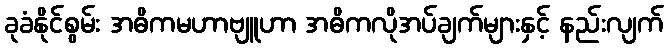
ခုခံနိုင်စွမ်း အဓိကမဟာဗျူဟာ အဓိကလိုအပ်ချက်များနှင့် နည်းလျက်